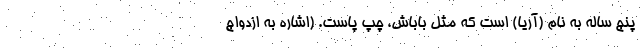
پنج ساله به نام (آريا) است كه مثل باباش، چپ پاست. (اشاره به ازدواج